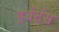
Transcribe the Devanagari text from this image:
हर्बर्टस